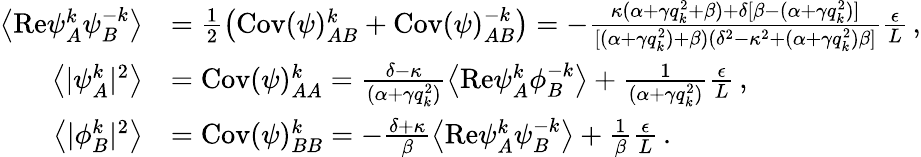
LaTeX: \begin{array}{rl}{\left\langle\mathrm{Re}{\psi}_{A}^{k}{\psi}_{B}^{-k}\right\rangle}&{=\frac{1}{2}\left(\mathrm{Cov}(\psi)_{AB}^{k}+\mathrm{Cov}(\psi)_{AB}^{-k}\right)=-\frac{\kappa(\alpha+\gamma q_{k}^{2}+\beta)+\delta[\beta-(\alpha+\gamma q_{k}^{2})]}{[(\alpha+\gamma q_{k}^{2})+\beta)(\delta^{2}-\kappa^{2}+(\alpha+\gamma q_{k}^{2})\beta]}\frac{\epsilon}{L}\, ,}\\ {\left\langle\vert{\psi}_{A}^{k}\vert^{2}\right\rangle}&{=\mathrm{Cov}(\psi)_{AA}^{k}=\frac{\delta-\kappa}{(\alpha+\gamma q_{k}^{2})}\left\langle\mathrm{Re}{\psi}_{A}^{k}{\phi}_{B}^{-k}\right\rangle+\frac{1}{(\alpha+\gamma q_{k}^{2})}\frac{\epsilon}{L}\, ,}\\ {\left\langle\vert{\phi}_{B}^{k}\vert^{2}\right\rangle}&{=\mathrm{Cov}(\psi)_{BB}^{k}=-\frac{\delta+\kappa}{\beta}\left\langle\mathrm{Re}{\psi}_{A}^{k}{\psi}_{B}^{-k}\right\rangle+\frac{1}{\beta}\frac{\epsilon}{L}\, .}\end{array}